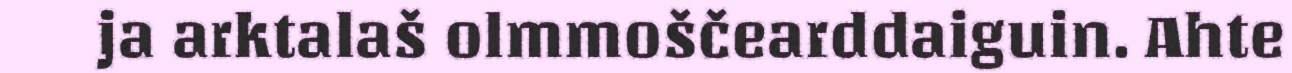
ja arktalaš olmmoščearddaiguin. Ahte